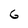
Character: 6